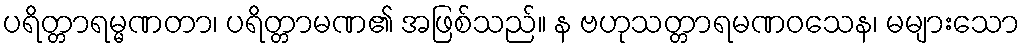
ပရိတ္တာရမ္မဏတာ၊ ပရိတ္တာမဏ၏ အဖြစ်သည်။ န ဗဟုသတ္တာရမဏဝသေန၊ မများသော